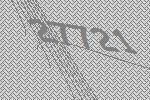
27721